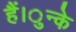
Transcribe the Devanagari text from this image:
हैं।ुन्के